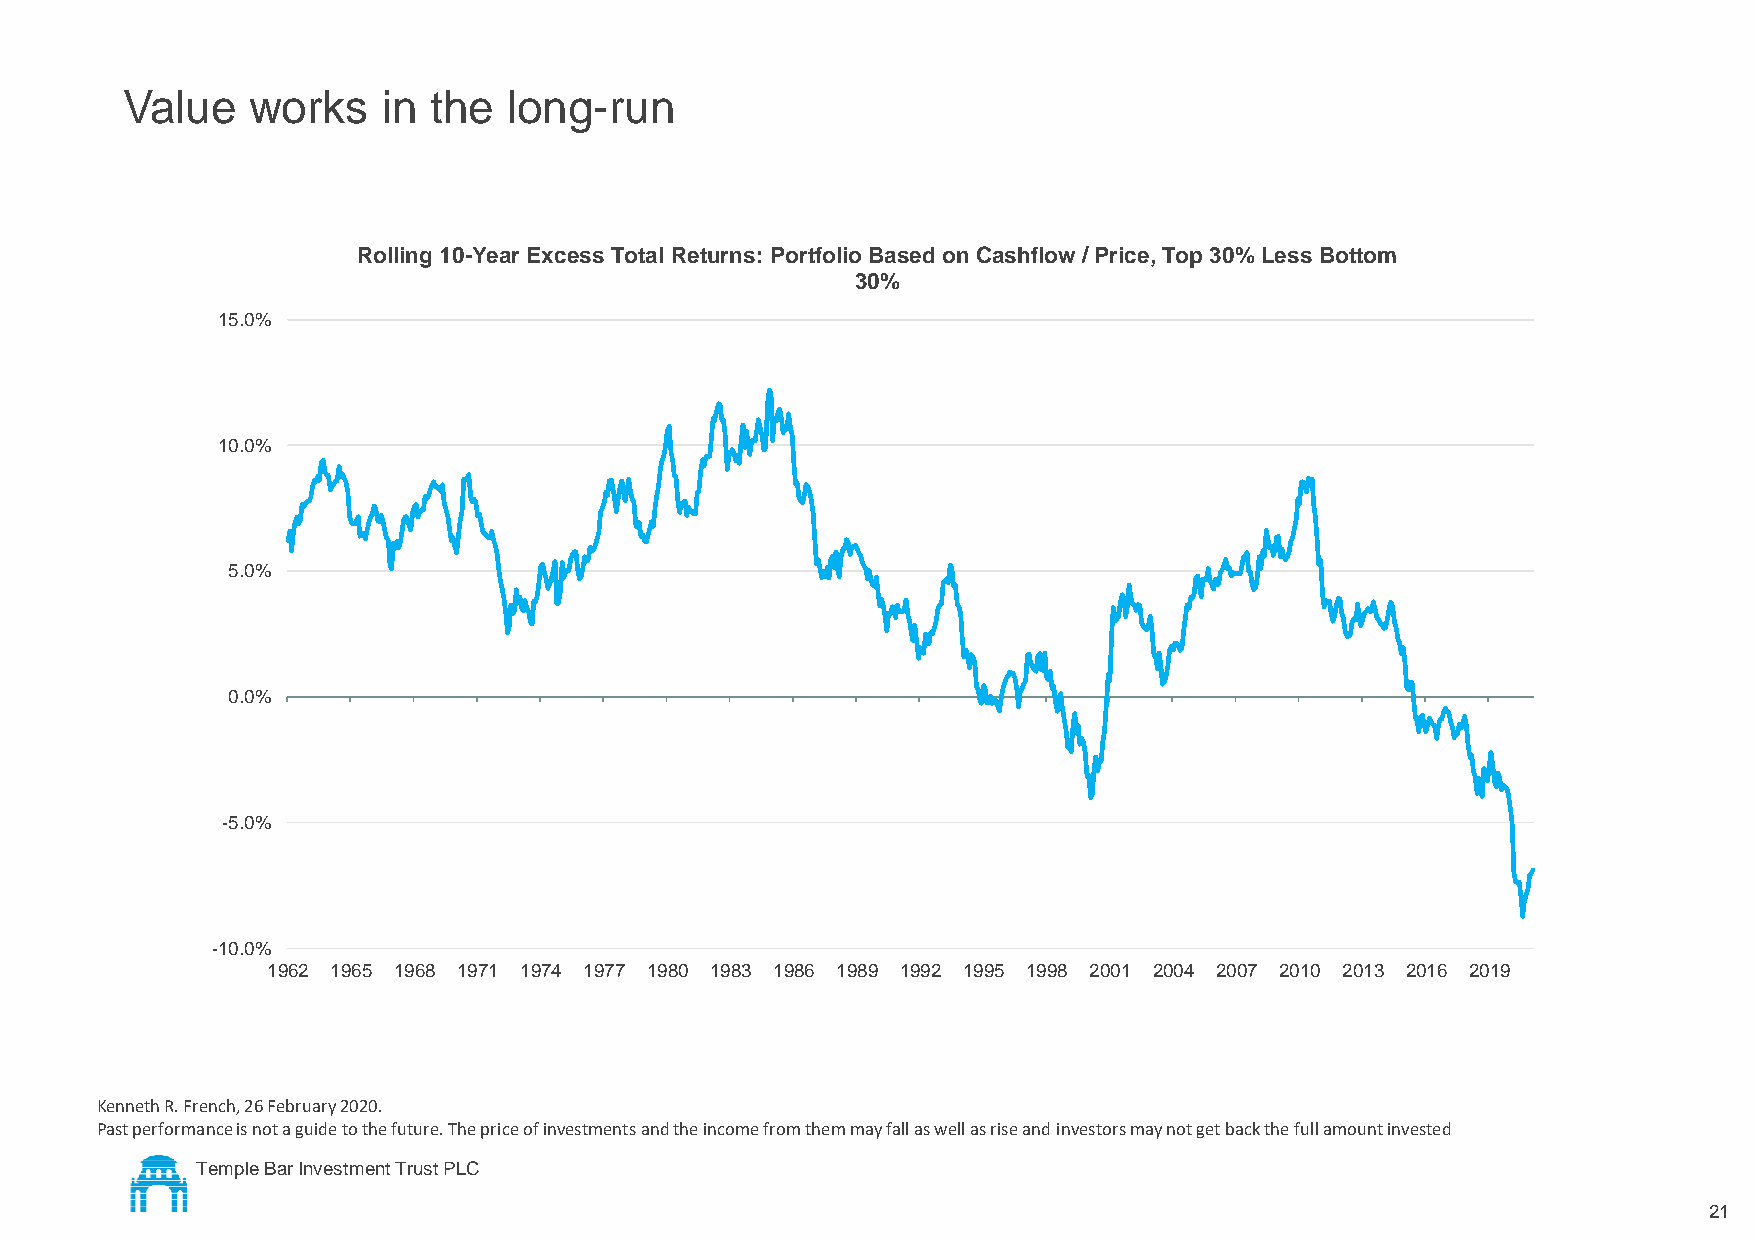
Value   works    in the   long-run
 Rolling 10-Year Excess Total Returns: Portfolio Based on Cashflow / Price, Top 30% Less Bottom
 30%
 15.0%
 10.0%
 5.0%
 0.0%
 -5.0%
 -10.0%
 1962 1965 1968 1971 1974 1977 1980 1983 1986 1989 1992 1995 1998 2001 2004 2007 2010 2013 2016 2019
 Kenneth R. French, 26 February 2020.
 Past performance is not a guide to the future. The price of investments and the income from them may fall as well as rise andinvestors may not get back the full amount invested
 Temple Bar Investment Trust PLC
 21